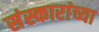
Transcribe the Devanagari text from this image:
संस्कारांच्या